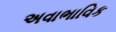
અવાભાવિક